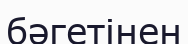
бәгетінен